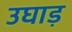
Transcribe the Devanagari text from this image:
उघाड़